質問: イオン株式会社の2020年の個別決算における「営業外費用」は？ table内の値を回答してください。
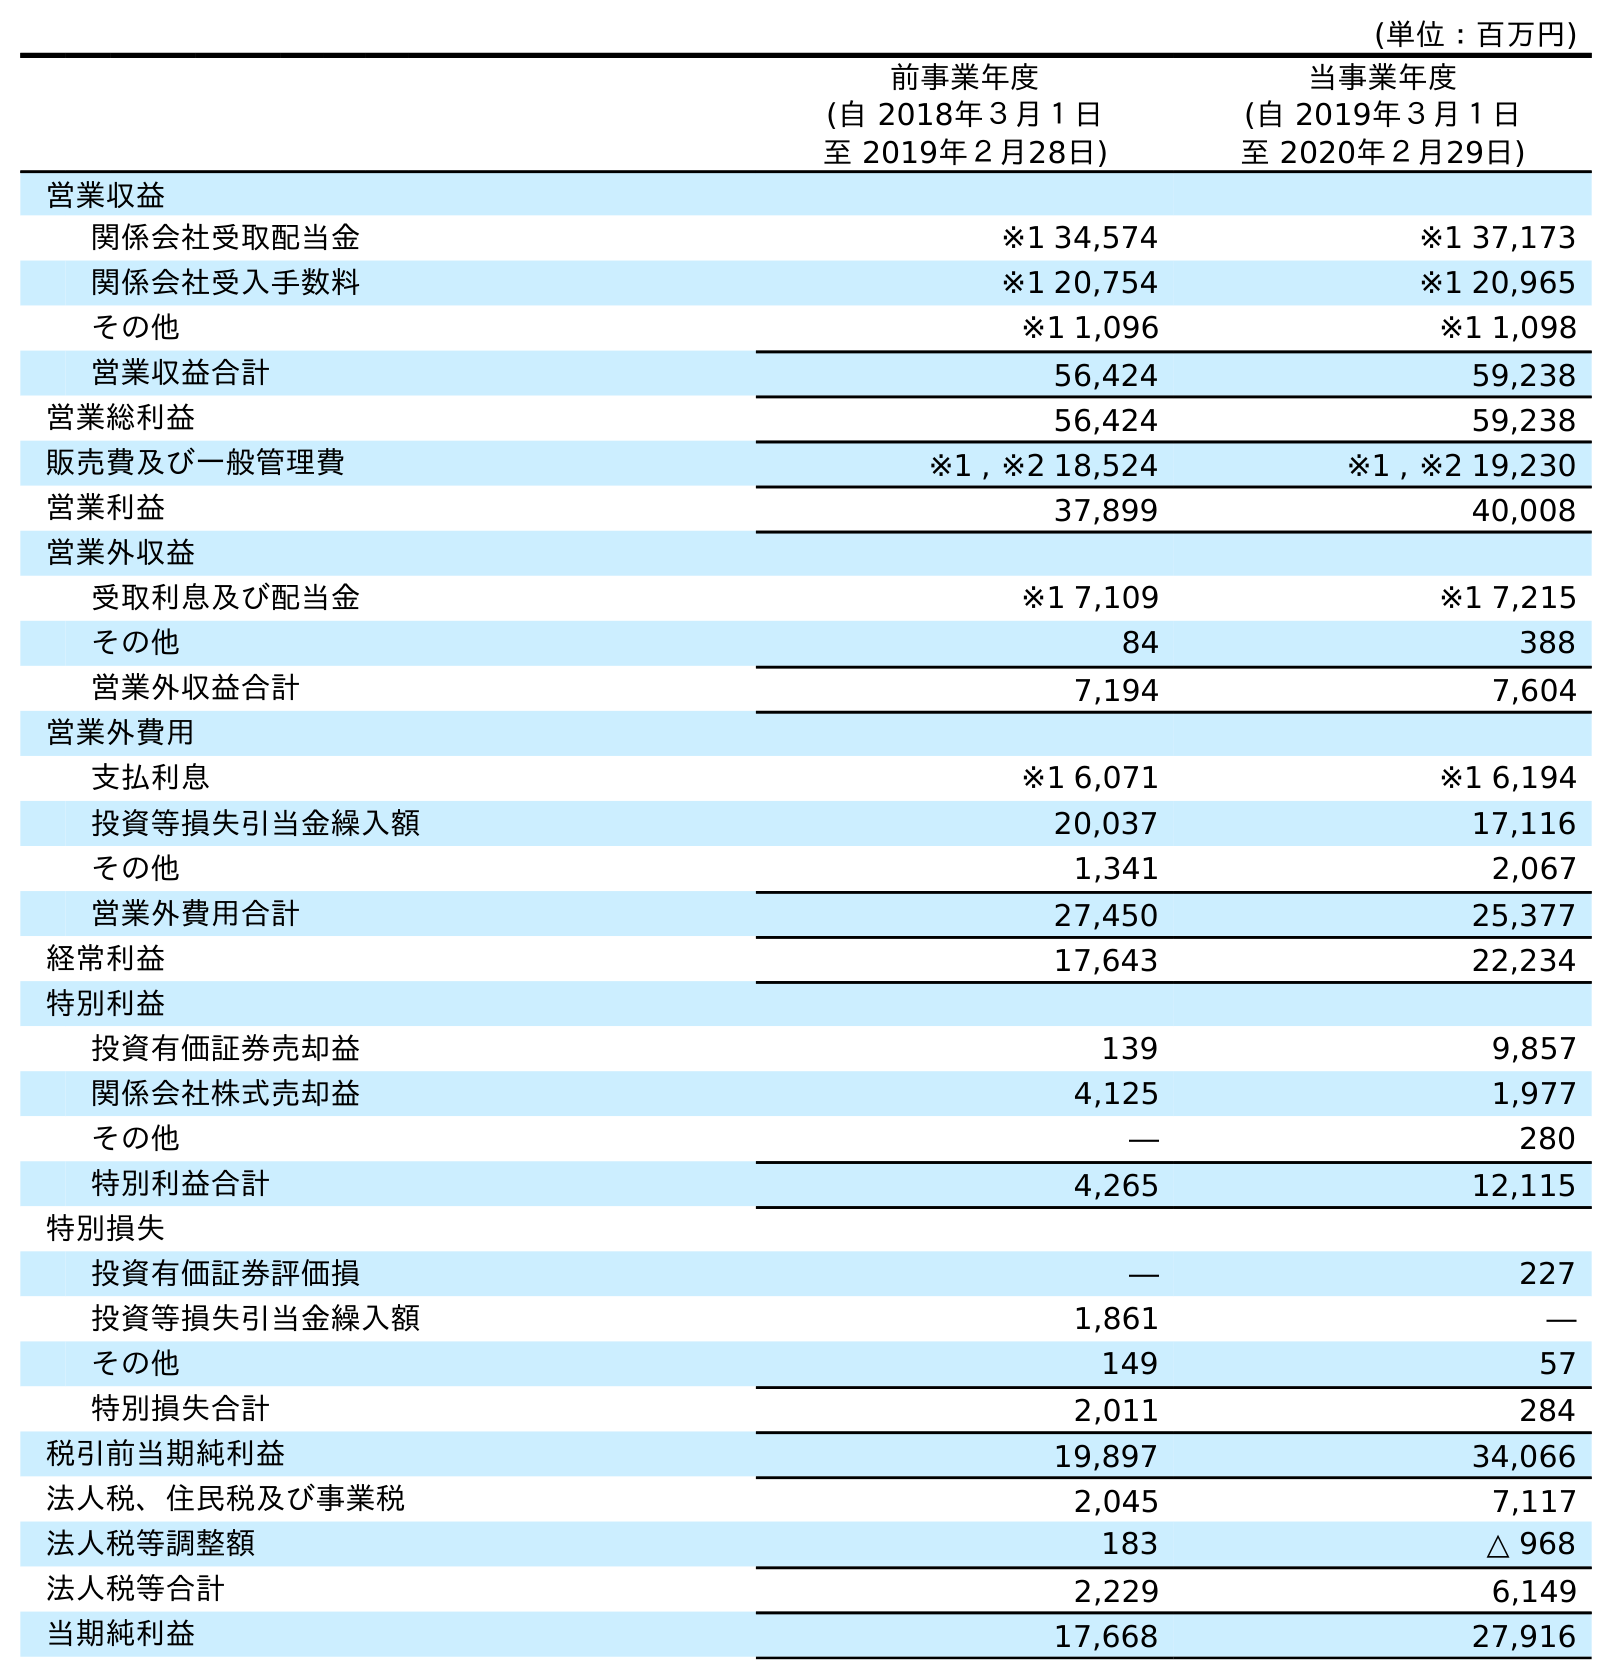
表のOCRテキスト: (単位：百万円) 前事業年度 (自 2018年３月１日 至 2019年２月28日) 当事業年度 (自 2019年３月１日 至 2020年２月29日) 営業収益 関係会社受取配当金 ※1 34,574 ※1 37,173 関係会社受入手数料 ※1 20,754 ※1 20,965 その他 ※1 1,096 ※1 1,098 営業収益合計 56,424 59,238 営業総利益 56,424 59,238 販売費及び一般管理費 ※1 , ※2 18,524 ※1 , ※2 19,230 営業利益 37,899 40,008 営業外収益 受取利息及び配当金 ※1 7,109 ※1 7,215 その他 84 388 営業外収益合計 7,194 7,604 営業外費用 支払利息 ※1 6,071 ※1 6,194 投資等損失引当金繰入額 20,037 17,116 その他 1,341 2,067 営業外費用合計 27,450 25,377 経常利益 17,643 22,234 特別利益 投資有価証券売却益 139 9,857 関係会社株式売却益 4,125 1,977 その他 ― 280 特別利益合計 4,265 12,115 特別損失 投資有価証券評価損 ― 227 投資等損失引当金繰入額 1,861 ― その他 149 57 特別損失合計 2,011 284 税引前当期純利益 19,897 34,066 法人税、住民税及び事業税 2,045 7,117 法人税等調整額 183 △ 968 法人税等合計 2,229 6,149 当期純利益 17,668 27,916
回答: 25,377